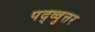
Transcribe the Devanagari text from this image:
पद्व्वुत्तर